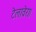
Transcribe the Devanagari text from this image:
टेलावेरा।